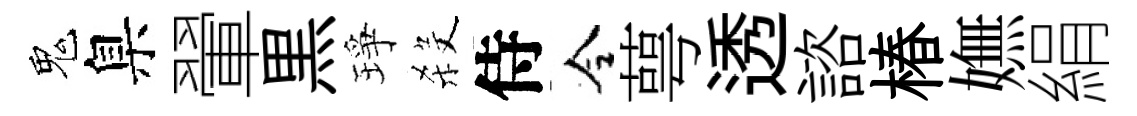
鬼臬翬黒琤殺侍令萼透諮椿嫵絹